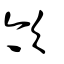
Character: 欦